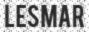
LESMAR